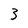
Character: 3